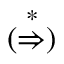
( { \stackrel { * } { \Rightarrow } } )